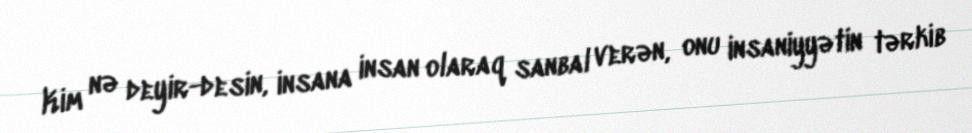
Kim nə deyir-desin, insana insan olaraq sanbal verən, onu insaniyyətin tərkib